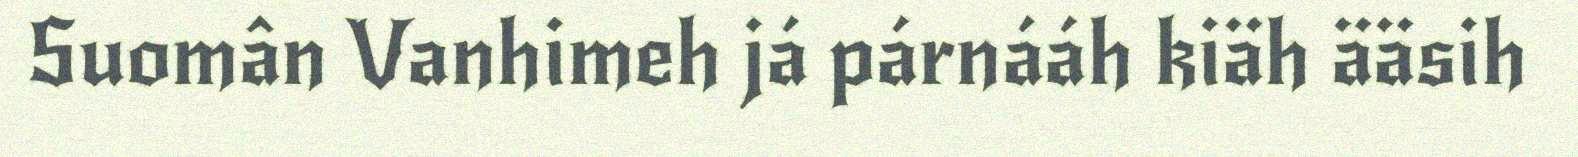
Suomân Vanhimeh já párnááh kiäh ääsih